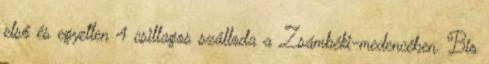
első és egyetlen 4 csillagos szálloda a Zsámbéki-medencében. Bio